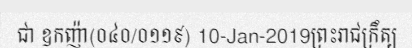
ជា ឧកញ៉ា(០៤០/០១១៩) 10-Jan-2019ព្រះរាជក្រឹត្យ